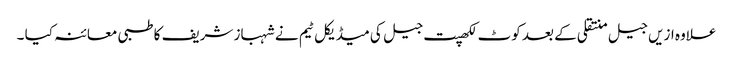
علاوہ ازیں جیل منتقلی کے بعد کوٹ لکھپت جیل کی میڈیکل ٹیم نے شہباز شریف کا طبی معائنہ کیا ۔